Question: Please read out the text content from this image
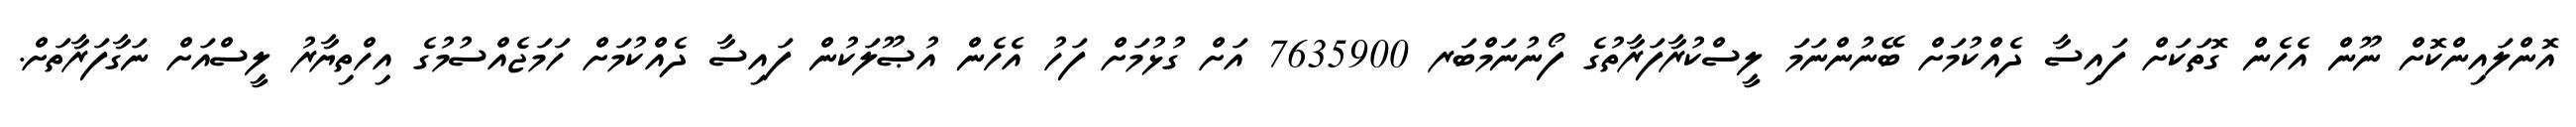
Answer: އޮންލައިންކޮށް ނޫން އެހެން ގޮތަކަށް ފައިސާ ދެއްކުމަށް ބޭނުންނަމަ ލީސްކުރާފަރާތުގެ ފޯނުނަމްބަރ 7635900 އަށް ގުޅުމަށް ފަހު އެހެން އުޞޫލަކުން ފައިސާ ދެއްކުމަށް ހަމަޖެއްސުމުގެ އިހްތިޔާރު ލީސްއަށް ނަގާފަރާތަށް.